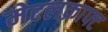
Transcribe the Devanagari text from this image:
मेटलक्राफ्ट